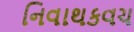
નિવાથકવચ